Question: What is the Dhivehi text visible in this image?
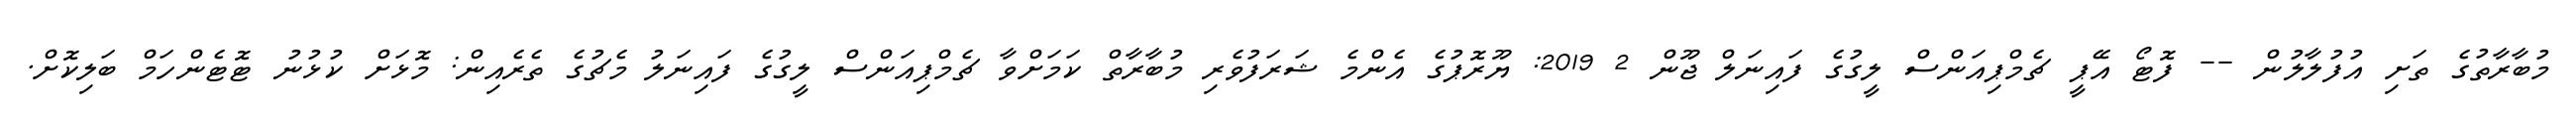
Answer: މުބާރާތުގެ ތަށި އުފުލާލުން -- ފޮޓޯ އޭޕީ ޗެމްޕިއަންސް ލީގުގެ ފައިނަލް ޖޫން 2 2019: ޔޫރޮޕުގެ އެންމެ ޝަރަފުވެރި މުބާރާތް ކަމަށްވާ ޗެމްޕިއަންސް ލީގުގެ ފައިނަލު މެޗުގެ ތެރެއިން: މޮޅަށް ކުޅުނު ޓޮޓެންހަމް ބަލިކޮށް.